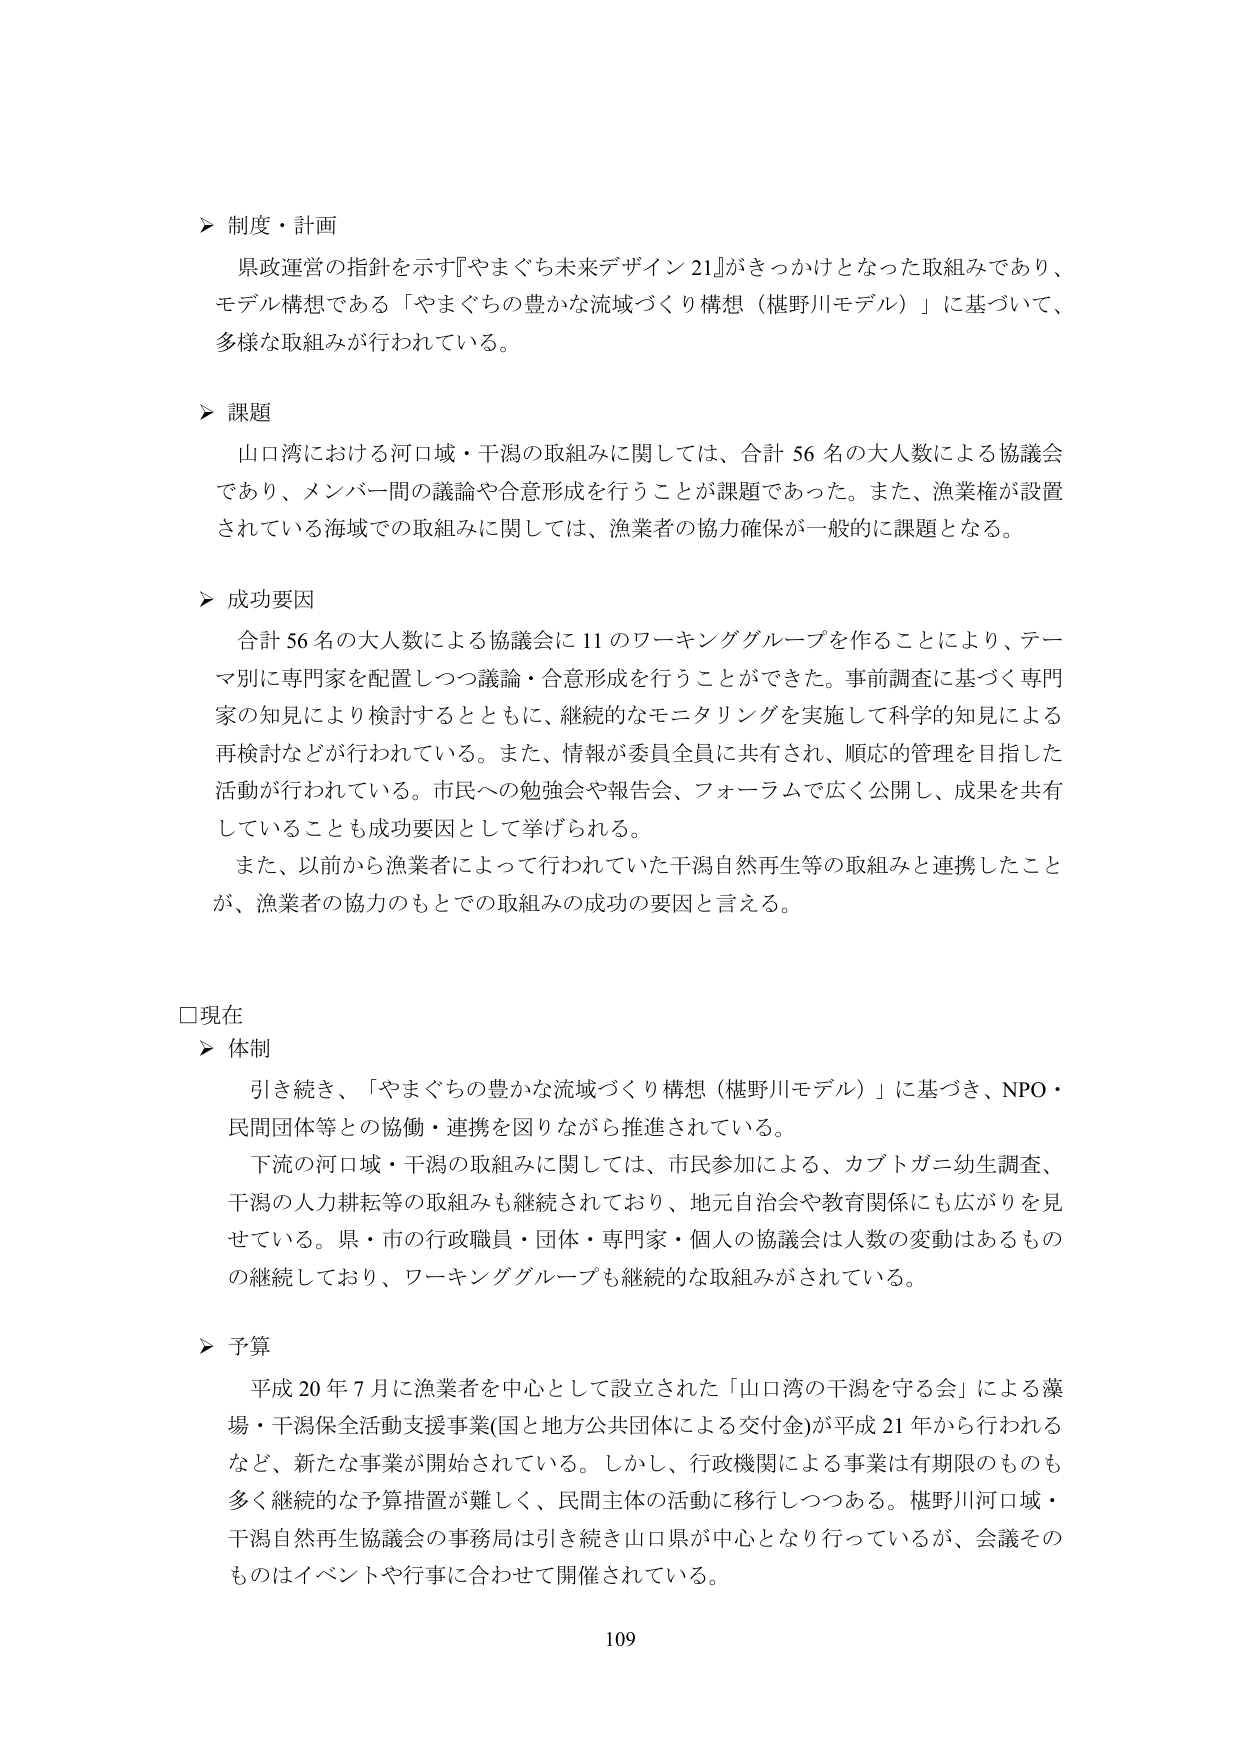
➤ 制度・計画
県政運営の指針を示す『やまぐち未来デザイン21』がきっかけとなった取組みであり、
モデル構想である「やまぐちの豊かな流域づくり構想（椹野川モデル）」に基づいて、
多様な取組みが行われている。

➤ 課題
山口湾における河口域・干潟の取組みに関しては、合計56名の大人数による協議会
であり、メンバー間の議論や合意形成を行うことが課題であった。また、漁業権が設置
されている海域での取組みに関しては、漁業者の協力確保が一般的に課題となる。

➤ 成功要因
合計56名の大人数による協議会に11のワーキンググループを作ることにより、テーマ別に専門家を配置しつつ議論・合意形成を行うことができた。事前調査に基づく専門家の知見により検討するとともに、継続的なモニタリングを実施して科学的知見による再検討などが行われている。また、情報が委員全員に共有され、順応的管理を目指した活動が行われている。市民への勉強会や報告会、フォーラムで広く公開し、成果を共有していることも成功要因として挙げられる。
また、以前から漁業者によって行われていた干潟自然再生等の取組みと連携したこと が、漁業者の協力のもとでの取組みの成功の要因と言える。

□現在
➤ 体制
引き続き、「やまぐちの豊かな流域づくり構想（椹野川モデル）」に基づき、NPO・民間団体等との協働・連携を図りながら推進されている。
下流の河口域・干潟の取組みに関しては、市民参加による、カブトガニ幼生調査、干潟の人力耕耘等の取組みも継続されており、地元自治会や教育関係にも広がりを見せている。県・市の行政職員・団体・専門家・個人の協議会は人数の変動はあるものの継続しており、ワーキンググループも継続的な取組みがされている。

➤ 予算
平成20年7月に漁業者を中心として設立された「山口湾の干潟を守る会」による藻場・干潟保全活動支援事業(国と地方公共団体による交付金)が平成21年から行われるなど、新たな事業が開始されている。しかし、行政機関による事業は有期限のものも多く継続的な予算措置が難しく、民間主体の活動に移行しつつある。椹野川河口域・干潟自然再生協議会の事務局は引き続き山口県が中心となり行っているが、会議そのものはイベントや行事に合わせて開催されている。

109